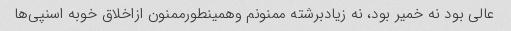
عالی بود نه خمیر بود، نه زیادبرشته ممنونم وهمینطورممنون ازاخلاق خوبه اسنپی‌ها